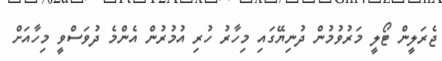
ޖެރަލީން ޓޯލީ މަރުވުމުން ދުނިޔޭގައި މިހާރު ހުރި އުމުރުން އެންމެ ދުވަސްވީ މިހާއަށް